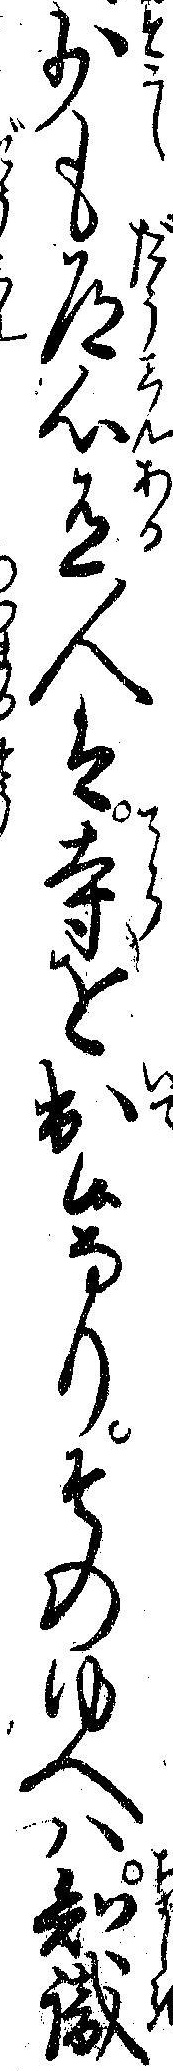
少も道心有人は寺を出候なりそのゆへハ知識